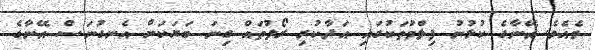
ވެއެވެ. އޭނާގެ ކުޅުނު ފިލްމުތަކުގައި އަދާކުރި ރޯލުތައް ގިނަ ބަޔަކަށް އެނގުނަސް އޭނާގެ